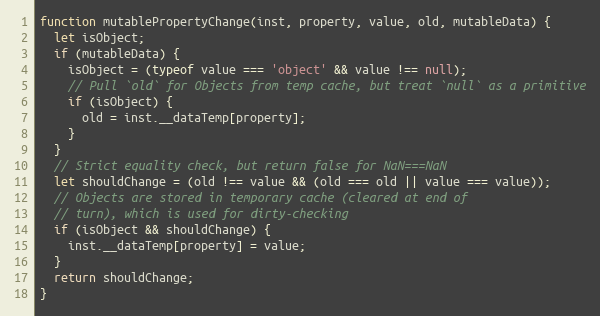
Language: JavaScript
function mutablePropertyChange(inst, property, value, old, mutableData) {
  let isObject;
  if (mutableData) {
    isObject = (typeof value === 'object' && value !== null);
    // Pull `old` for Objects from temp cache, but treat `null` as a primitive
    if (isObject) {
      old = inst.__dataTemp[property];
    }
  }
  // Strict equality check, but return false for NaN===NaN
  let shouldChange = (old !== value && (old === old || value === value));
  // Objects are stored in temporary cache (cleared at end of
  // turn), which is used for dirty-checking
  if (isObject && shouldChange) {
    inst.__dataTemp[property] = value;
  }
  return shouldChange;
}